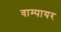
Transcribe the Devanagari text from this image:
वाम्पायर